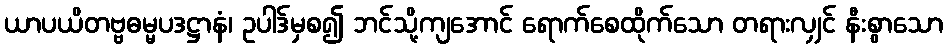
ယာပယိတဗ္ဗဓမ္မပဒဋ္ဌာနံ၊ ဥပါဒ်မှစ၍ ဘင်သို့ကျအောင် ရောက်စေထိုက်သော တရားလျှင် နီးစွာသော